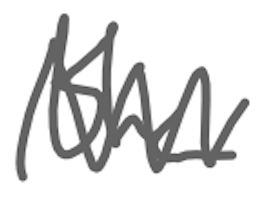
Text: the
Cross-out: zig-zag
Writing tool: digital_gray